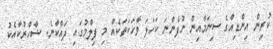
ކުރިން އިންޑިއާގެ ސިނަމާއިން ނުފެންނަ ކަހަލަ ވާހަކަތަކެއް މި ފިލްމުގައި ދައްކާނެ. ޝާހްރުކާއެކު